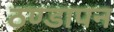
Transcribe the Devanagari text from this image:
ठण्‍डापन